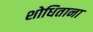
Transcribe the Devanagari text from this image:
शोधिताना